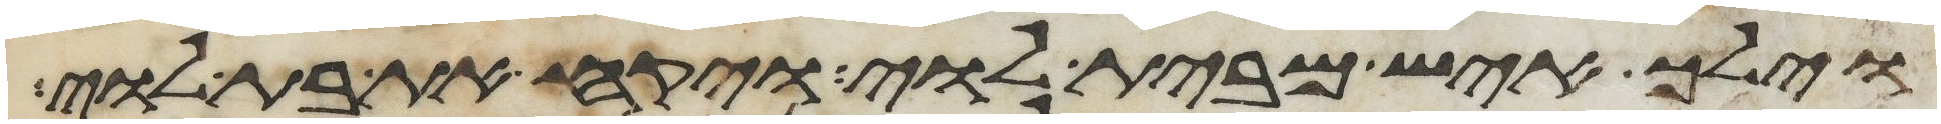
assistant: וילך איש מבית לוי ויקח את בת לוי